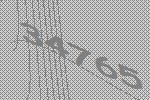
34765